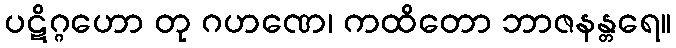
ပဋိဂ္ဂဟော တု ဂဟဏေ၊ ကထိတော ဘာဇနန္တရေ။